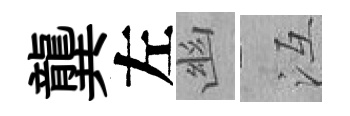
龔左幽冱